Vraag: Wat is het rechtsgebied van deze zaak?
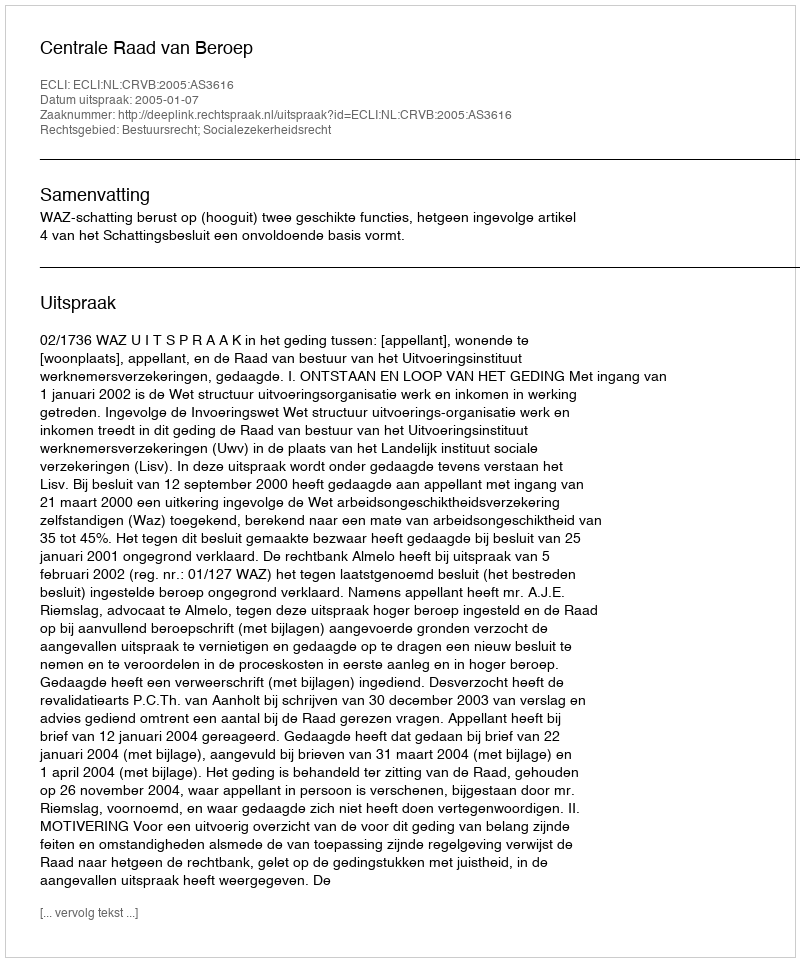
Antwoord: Bestuursrecht; Socialezekerheidsrecht